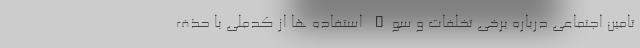
تامین اجتماعی درباره برخی تخلفات و سوء استفاده ها از کدملی با حذف